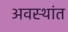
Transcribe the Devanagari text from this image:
अवस्थांत